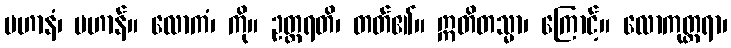
ပဟာနံ၊ ပဟာန်။ လောကံ၊ ကို။ ဥတ္တရတိ၊ တတ်၏။ ဣတိတသ္မာ၊ ကြောင့်။ လောကုတ္တရာ၊